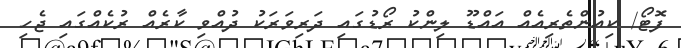
ފޮޓޯ/ ކިއުންތެރިއެއް އައްޑޫ ލިންކު ރޯޑުގައި ދަރިވަރަކު ދުއްވި ކާރެއް ރުކެއްގައި ޖެހި